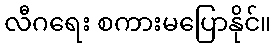
လီဂရေး စကားမပြောနိုင်။